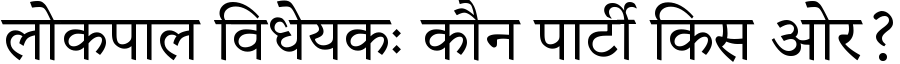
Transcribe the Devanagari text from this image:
लोकपाल विधेयकः कौन पार्टी किस ओर?